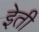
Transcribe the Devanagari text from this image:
इेती